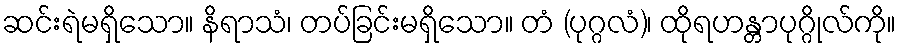
ဆင်းရဲမရှိသော။ နိရာသံ၊ တပ်ခြင်းမရှိသော။ တံ (ပုဂ္ဂလံ)၊ ထိုရဟန္တာပုဂ္ဂိုလ်ကို။